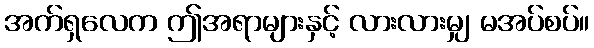
အက်ရှလေက ဤအရာများနှင့် လားလားမျှ မအပ်စပ်။